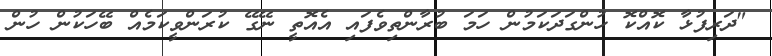
"ދަރިފުޅާ ކޮއްކޮ ހުންގަދަކަމުން ހަމަ ބުރާންތިވެފައި އެއޮތީ ނޭގޭ ކުރަންވީކަމެއް ބޭހަކުން ހުން